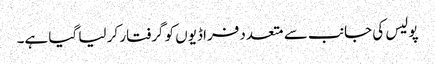
پولیس کی جانب سے متعدد فراڈیوں کو گرفتار کر لیا گیا ہے۔